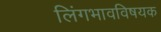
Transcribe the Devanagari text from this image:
लिंगभावविषयक